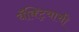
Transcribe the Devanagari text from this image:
बॅक्ट्रियाची